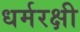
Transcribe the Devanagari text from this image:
धर्मरक्षी